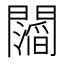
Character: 𮤥